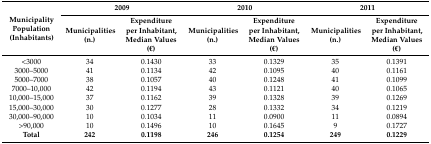
<table><thead><tr><td rowspan="2"><b>Municipality Population (Inhabitants)</b></td><td colspan="2"><b>2009</b></td><td colspan="2"><b>2010</b></td><td colspan="2"><b>2011</b></td></tr><tr><td><b>Municipalities (n.)</b></td><td><b>Expenditure per Inhabitant, Median Values (€)</b></td><td><b>Municipalities (n.)</b></td><td><b>Expenditure per Inhabitant, Median Values (€)</b></td><td><b>Municipalities (n.)</b></td><td><b>Expenditure per Inhabitant, Median Values (€)</b></td></tr></thead><tbody><tr><td>&lt;3000</td><td>34</td><td>0.1430</td><td>33</td><td>0.1329</td><td>35</td><td>0.1391</td></tr><tr><td>3000–5000</td><td>41</td><td>0.1134</td><td>42</td><td>0.1095</td><td>40</td><td>0.1161</td></tr><tr><td>5000–7000</td><td>38</td><td>0.1057</td><td>40</td><td>0.1248</td><td>41</td><td>0.1099</td></tr><tr><td>7000–10,000</td><td>42</td><td>0.1194</td><td>43</td><td>0.1121</td><td>40</td><td>0.1065</td></tr><tr><td>10,000–15,000</td><td>37</td><td>0.1162</td><td>39</td><td>0.1328</td><td>39</td><td>0.1269</td></tr><tr><td>15,000–30,000</td><td>30</td><td>0.1277</td><td>28</td><td>0.1332</td><td>34</td><td>0.1219</td></tr><tr><td>30,000–90,000</td><td>10</td><td>0.1034</td><td>11</td><td>0.0900</td><td>11</td><td>0.0894</td></tr><tr><td>&gt;90,000</td><td>10</td><td>0.1496</td><td>10</td><td>0.1645</td><td>9</td><td>0.1727</td></tr><tr><td><b>Total</b></td><td><b>242</b></td><td><b>0.1198</b></td><td><b>246</b></td><td><b>0.1254</b></td><td><b>249</b></td><td><b>0.1229</b></td></tr></tbody></table>